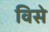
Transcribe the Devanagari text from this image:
विसे